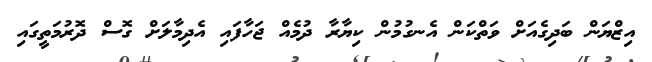
އިޒްޔަން ބަދިގެއަށް ވަތްކަން އެނގުމުން ކިޔާރާ ދުމެއް ޖަހާފައި އެދިމާލަށް ގޮސް ދޮރުމަތީގައި